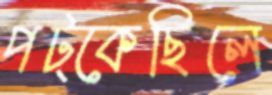
পট্‌কেছিলে